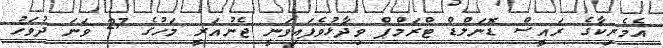
އެމެރިކާގެ ރައީސް ޑޮނަލްޑް ޓްރަމްޕް ވިދާޅުވެފައިވަނީ ޖެނުއަރީ މަހުގެ 27 ވަނަ ދުވަހު